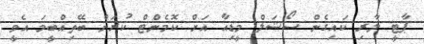
ޕާޓީ ލާރި ކައިގެން ސޯޝަލް މީޑިއާ އަށް ކޮމެންޓް ކުރަން ބޭތިއްބީމަ އެވީ